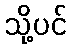
သို့ပင်